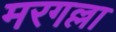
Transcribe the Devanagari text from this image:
मरगल्ला